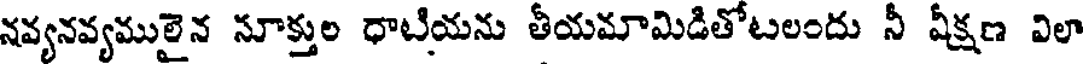
నవ్యనవ్యములైన సూక్తుల ధాటియను తీయమామిడితోటలందు నీ వీక్షణ విలా